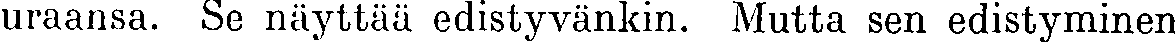
uraansa. Se näyttää edistyvänkin. Mutta sen edistyminen